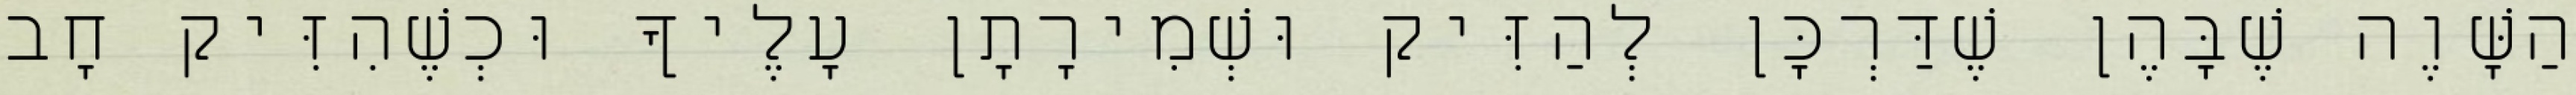
הַשָּׁוֶה שֶׁבָּהֶן שֶׁדַּרְכָּן לְהַזִּיק וּשְׁמִירָתָן עָלֶיךָ וּכְשֶׁהִזִּיק חָב